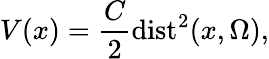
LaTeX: V(x)=\frac{C}{2}\mathrm{dist}^{2}(x,\Omega),